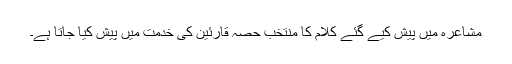
مشاعرہ میں پیش کیے گئے کلام کا منتخب حصہ قارئین کی خدمت میں پیش کیا جاتا ہے۔